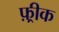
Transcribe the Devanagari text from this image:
फ़्रीक